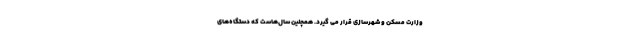
وزارت مسکن و شهرسازی قرار می گیرد. همچنین سال‌هاست که دستگاه‌های